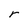
Character: r